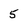
Character: 5